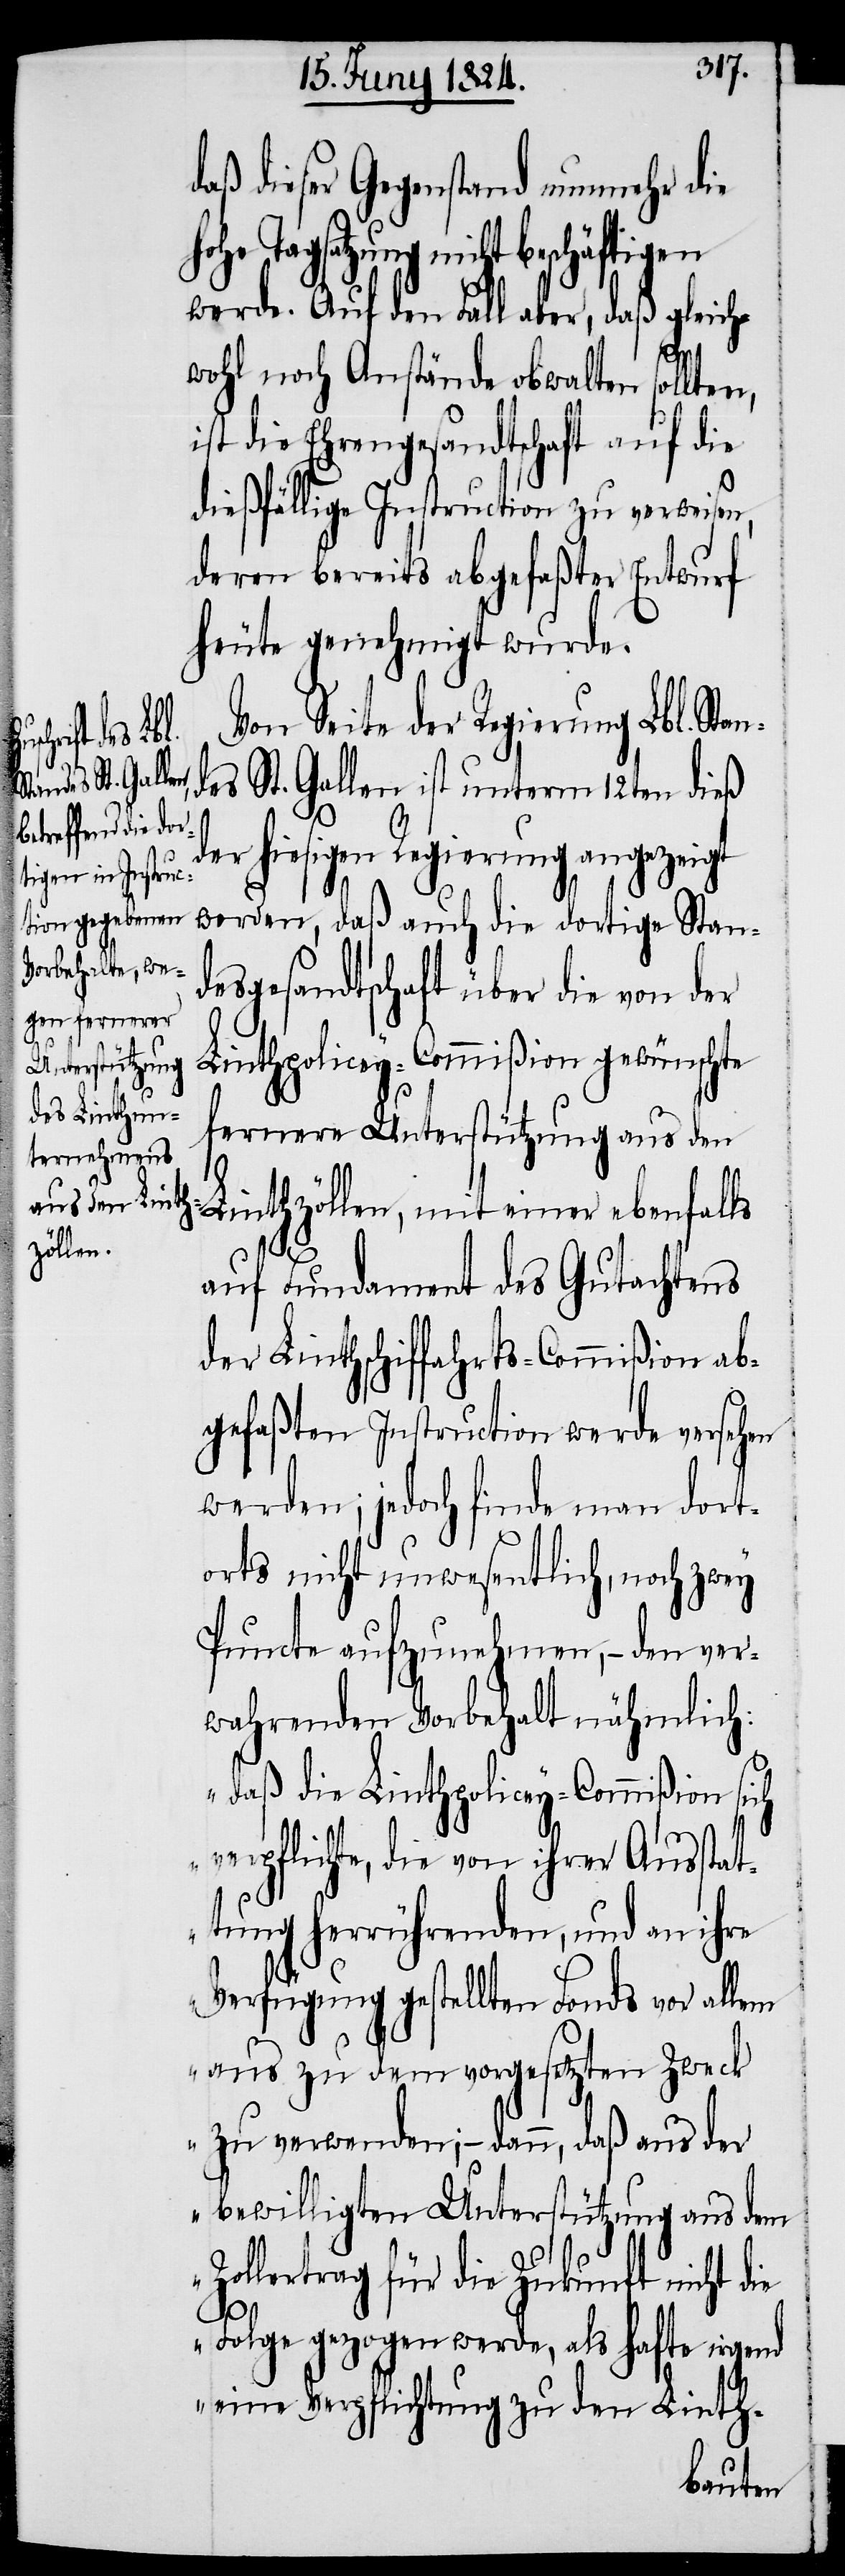
ch v¬

daß dieser Gegenstand nunmehr die
werde. Auf den Fall aber, daß gleiche
ftigen
wohl noch Anstände obwalten sollten,
ist die Ehrengesandtschaft auf die
dießfällige Instruction zu verweisen,
deren bereits abgefaßter Entwurf
heute genehmigt wurde.
Von Seite der Regierung Lbl. Stan¬
des St. Gallen ist unterm 12ten dieß
der hiesigen Regierung angezeigt
worden, daß auch die dortige Stan¬
desgesandtschaft über die von der
Linthpolicey-Commißion gewünschte
fernere Unterstützung aus den
Linthzöllen, mit einer ebenfalls
auf Fundament des Gutachtens
der Linthschiffahrts-Commißion ab¬
gefaßten Instruction werde versehen
werden; jedoch finde man dort¬
orts nicht unwesentlich, noch zwey
Puncte aufzunehmen, – den ver¬
wahrenden Vorbehalt nähmlich:
„daß die Linthpolicey-Commißion si¬
erpflichte, die von ihrer Ausstat¬
tung herrührenden, und an ihre
Verfügung gestellten Fonds vor allem
aus zu dem vorgesetzten Zweck
zu verwenden; – dann, daß aus der
bewilligten Unterstützung aus dem
Zollertrag für die Zukunft nicht die
Folge gezogen werde, als hafte irgend
eine Verpflichtung zu den Linth-